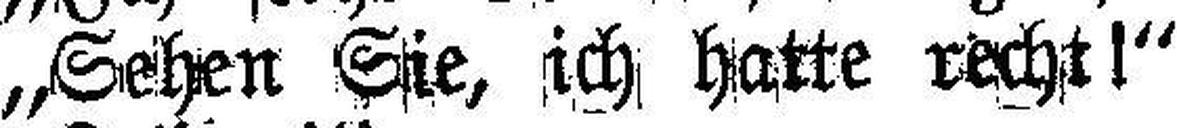
„Sehen Sie, ich hatte recht!“